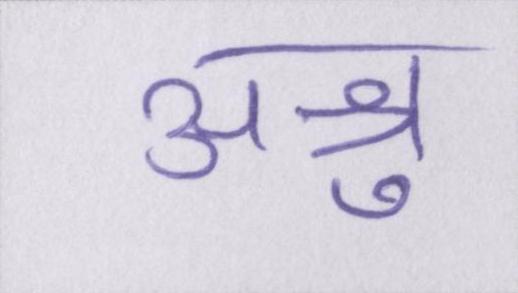
अश्रु